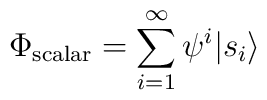
\Phi_{\rm scalar} = \sum_{i = 1}^{\infty}  \psi^i | s_i \rangle